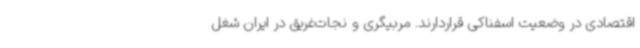
اقتصادی در وضعیت اسفناکی قراردارند. مربیگری و نجات‌غریق در ایران شغل